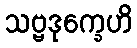
သဗ္ဗဒုက္ခေဟိ